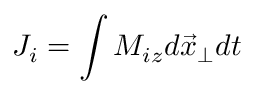
J _ { i } = \int M _ { i z } d \vec { x } _ { \perp } d t